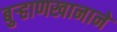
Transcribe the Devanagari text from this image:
बुर्‍हाणखानाने